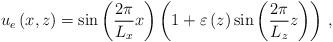
LaTeX: \begin{align*}u_e\left(x,z\right)=\sin\left(\frac{2\pi}{L_x}x\right)\left(1+\varepsilon\left(z\right) \sin\left(\frac{2\pi}{L_z}z\right)\right)\,,\end{align*}